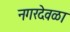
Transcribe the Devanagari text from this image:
नगरदेवळा